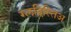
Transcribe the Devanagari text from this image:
ग्लदिस्तिअ